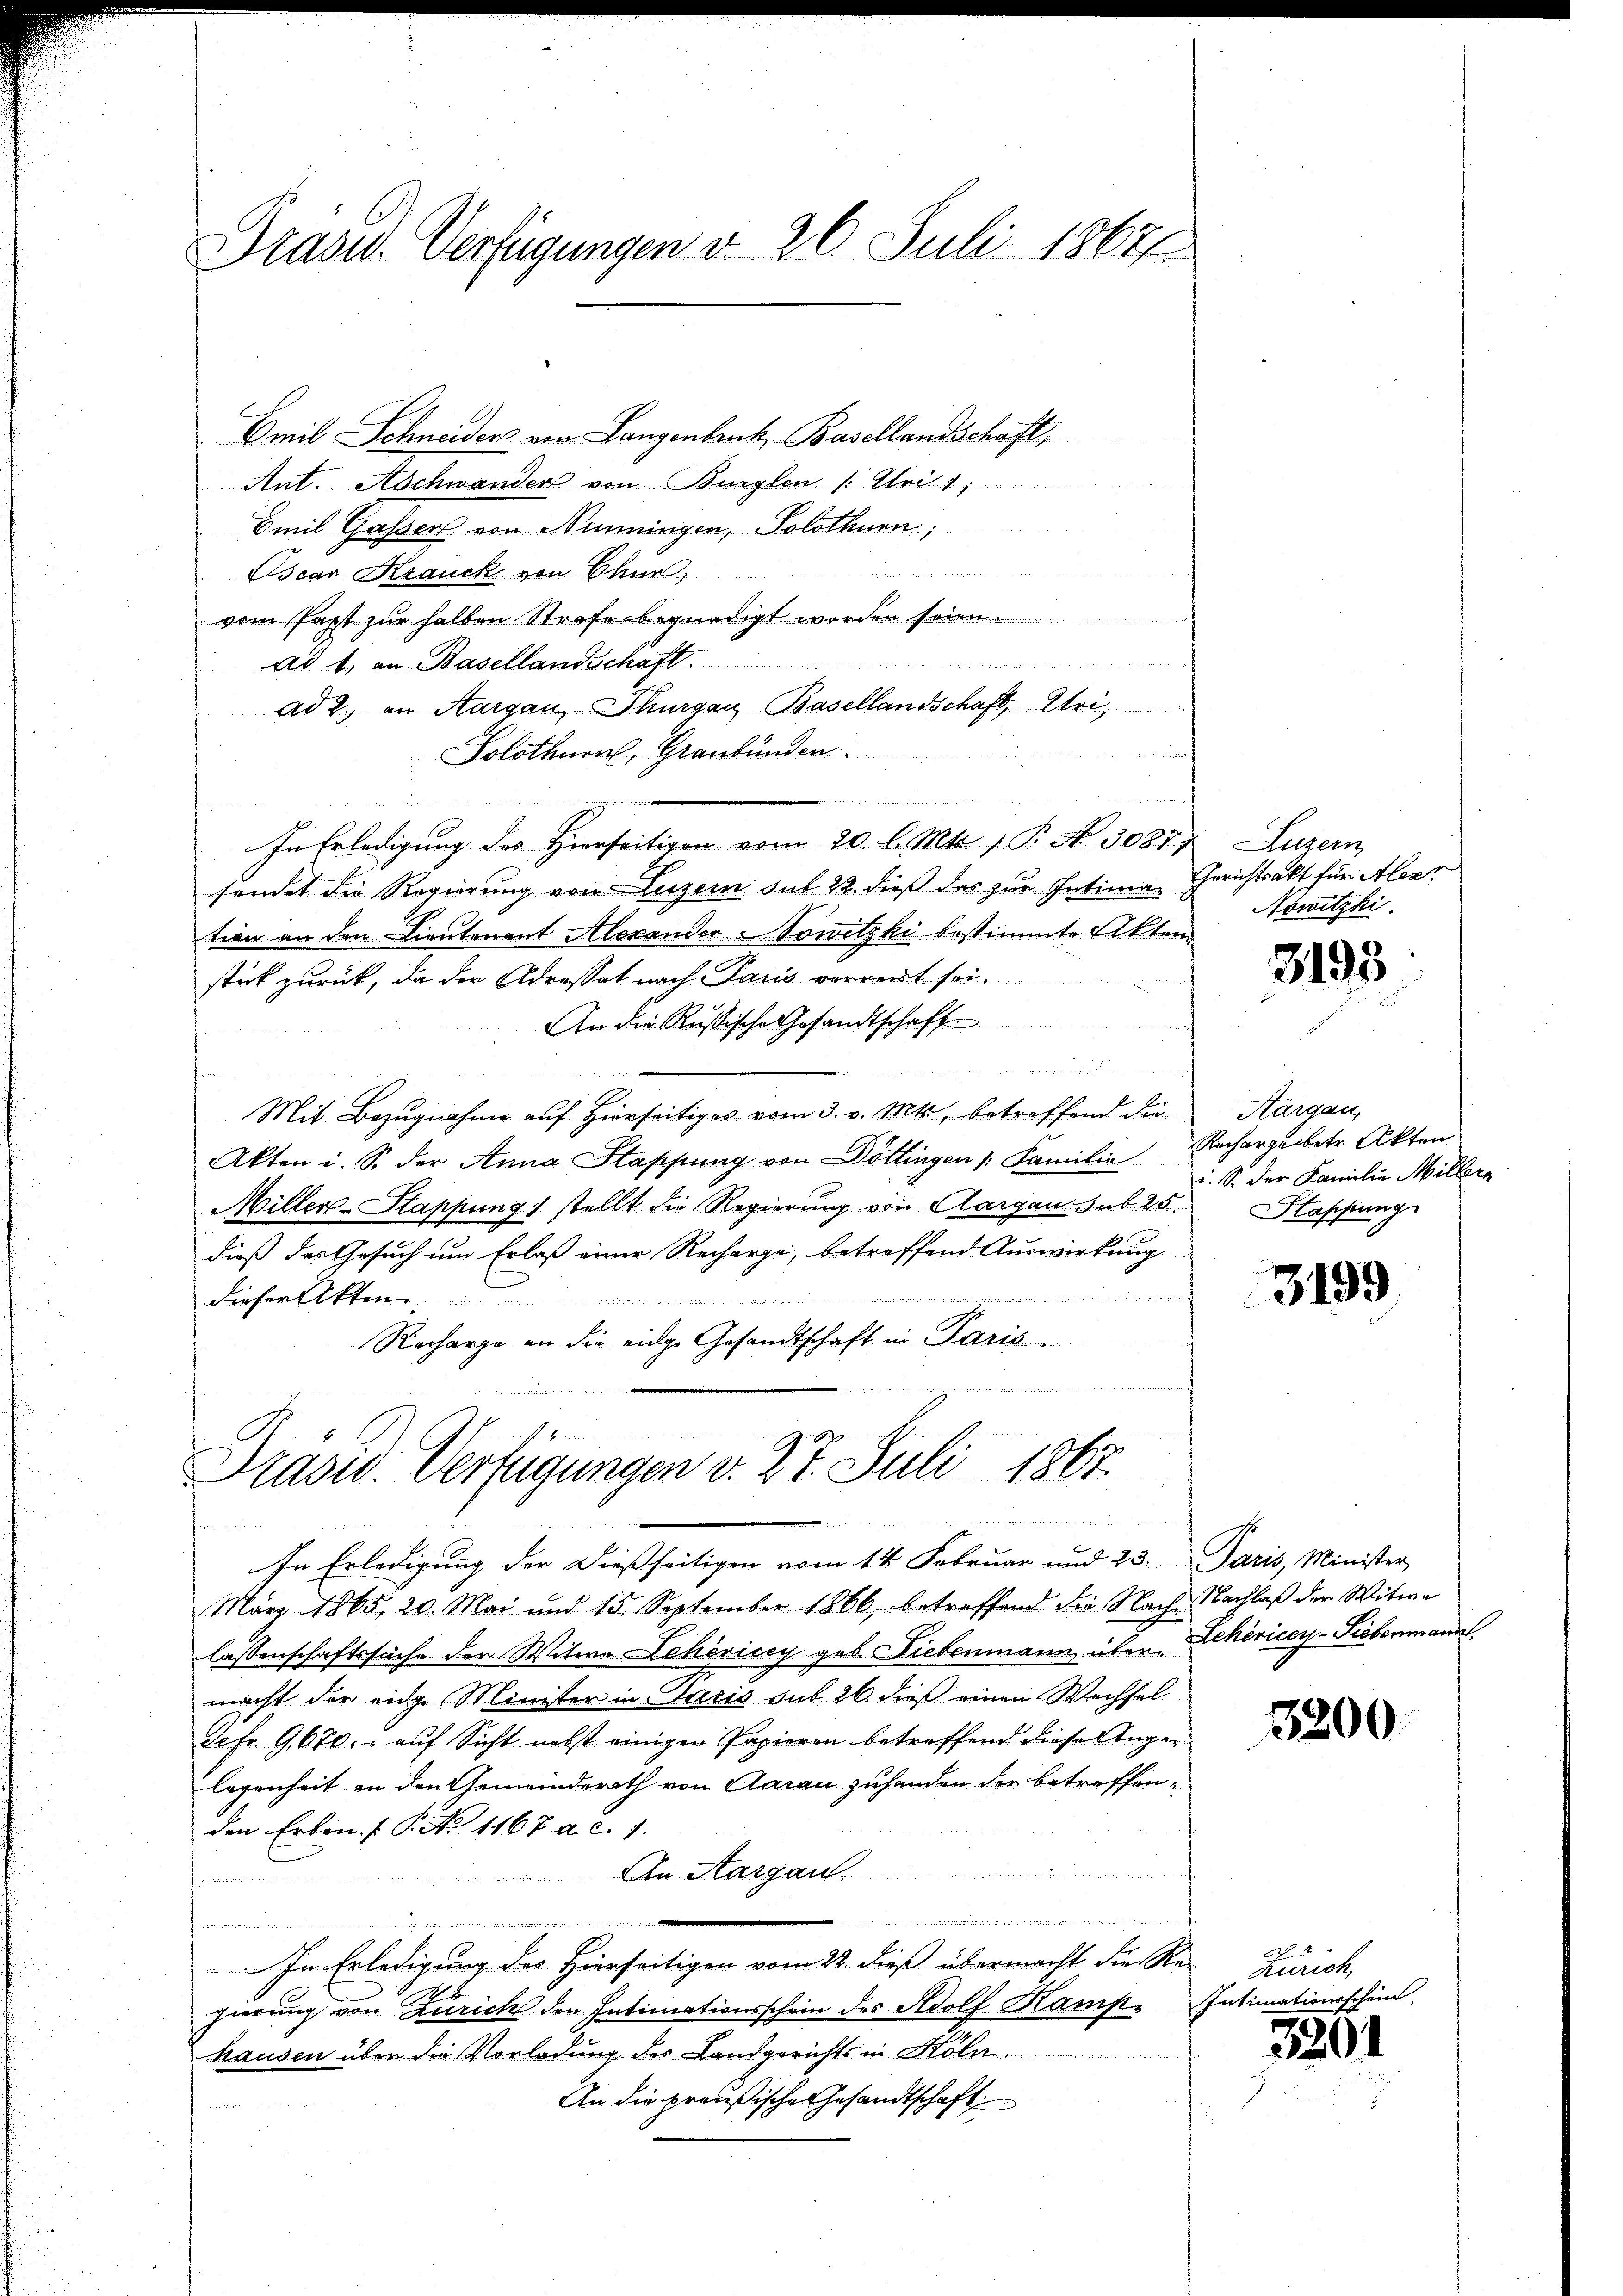
Präser. Verfügungen d. 26. Juli 1862

Präsid. Verfügungen v. 27. Juli 1867.
¬

Emil Schneiders von Langenbruck, Basellandschaft,
Ant. Aschwander von Bürglen (: Uri 1;
Emil Gasser von Hunningen, Solothurn,
n
Oscar Kranck von Chur,
vom fast zur halben Strafe begnadigt worden seien.
Dietigen zu erricherten und und u. erlichen auf den Bericht er
ad 1., an Basellandschaft
ad 2., in Aargau, Thurgau, Basellandschaft, Uri,
Solothurn, Graubünden
In Erledigung des Hierseitigen vom 20. l. Mts. f. P. N. 3087)
sendet die Regierung von Luzern sub 22. dieß das zur Intima Gerichtsakt für Alexr
tion an den Lieutenant Alexander Nowitzki bestimmte Akten
stik zurück, da der Adrossat nach Paris verweit sei.
An die Russische Gesandtschaft

den
Mit Bezugnahme auf Hierseitiges vom 3. v. Mts., betreffend die
Akten i. S. der Anna Stappung von Döttingen /: Familie
Miller-Happung) stellt die Regierung von Aargau sub. 25.
dieß das Gesuch um Erlaß einer Recharge, betreffend Auswirkung
 eigen er in den
dieser Akten............
Recharge an die eidge Gesandtschaft in Paris.
t

März 1865, 20. Mai und 15. September 1866 betreffend die Nach Nachlaβ der Witwe
lassenschaftssache der Witwe Lehöricey geb. Liebenmann über Lehévicey-Siebenmann
macht der eidge Minister in Paris sub. 26. dieß einen Wechsel
Scfr. 9670. - auf Sicht nebst einigen Papieren betreffend diese Angelegenheit an den Gemeinderath von Aarau zuhanden der betreffenden Erben. F. P. Nr. 1167 a. c. 7.
An Aargau
n

.
In Erledigung des Hierseitigen vom 22. dieß übermacht die Re-Zürich,
gierung von Zürich den Intimationsschein des Adolf Kampe Intimationsschein
hausen über die Vorladung des Landgerichts in Köln.
An die preußische Gesandtschaft

In Erledigung der Dießseitigen vom 14. Februar und 23. Paris, Minister,

Luzern,
Nowitzki.

3193

Aargau,
Rechargebete Akten.
u. S. der Familie Millern
Happung

3199

3200

3201